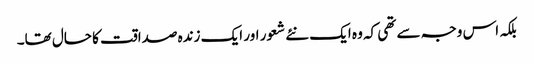
بلکہ اس وجہ سے تھی کہ وہ ایک نئے شعور اور ایک زندہ صداقت کا حال تھا۔